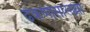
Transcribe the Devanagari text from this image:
ढेकणासारख्या